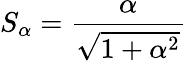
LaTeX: S_{\alpha}=\frac{\alpha}{\sqrt{1+\alpha^{2}}}